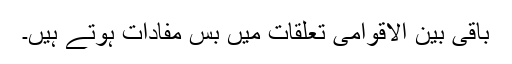
باقی بین الاقوامی تعلقات میں بس مفادات ہوتے ہیں۔